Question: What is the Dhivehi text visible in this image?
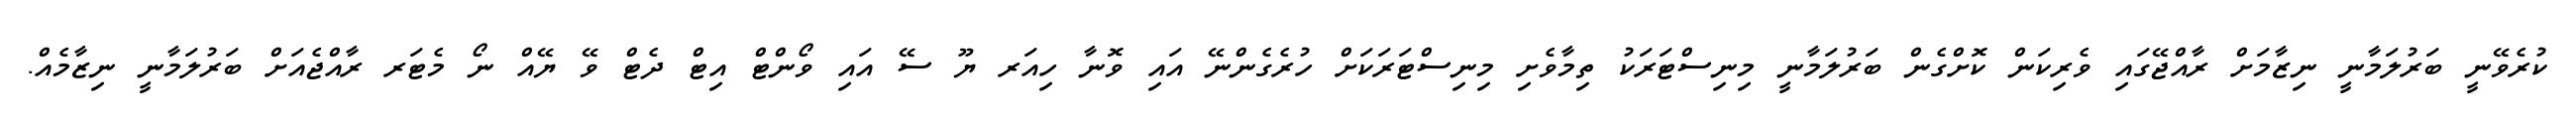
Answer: ކުރެވޭނީ ބަރުލަމާނީ ނިޒާމަށް ރާއްޖޭގައި ވެރިކަން ކޮށްގެން ބަރުލަމާނީ މިނިސްޓަރަކު ތިމާވެށި މިނިސްޓަރަކަށް ހުރެގެންނޭ އައި ވޮނާ ހިއަރ ޔޫ ސޭ އައި ވޯންޓް އިޓް ދެޓް ވޭ ޔޭއް ނޯ މެޓަރ ރާއްޖެއަށް ބަރުލަމާނީ ނިޒާމެއް.